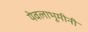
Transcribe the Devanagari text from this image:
येवलाभूमीनी